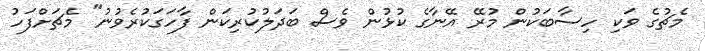
މެޗުގެ ވަކި ހިސާބަކުން މުރޭ އޭނާގެ ކުޅުން ވެސް ބަދަލުކުރިކަން ފާހަގަކުރެވުނު" މެޗަށްފަހު